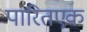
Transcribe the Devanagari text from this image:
पारितएक